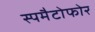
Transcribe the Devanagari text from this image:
स्पमैटोफोर